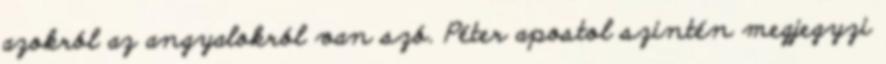
azokról az angyalokról van szó. Péter apostol szintén megjegyzi